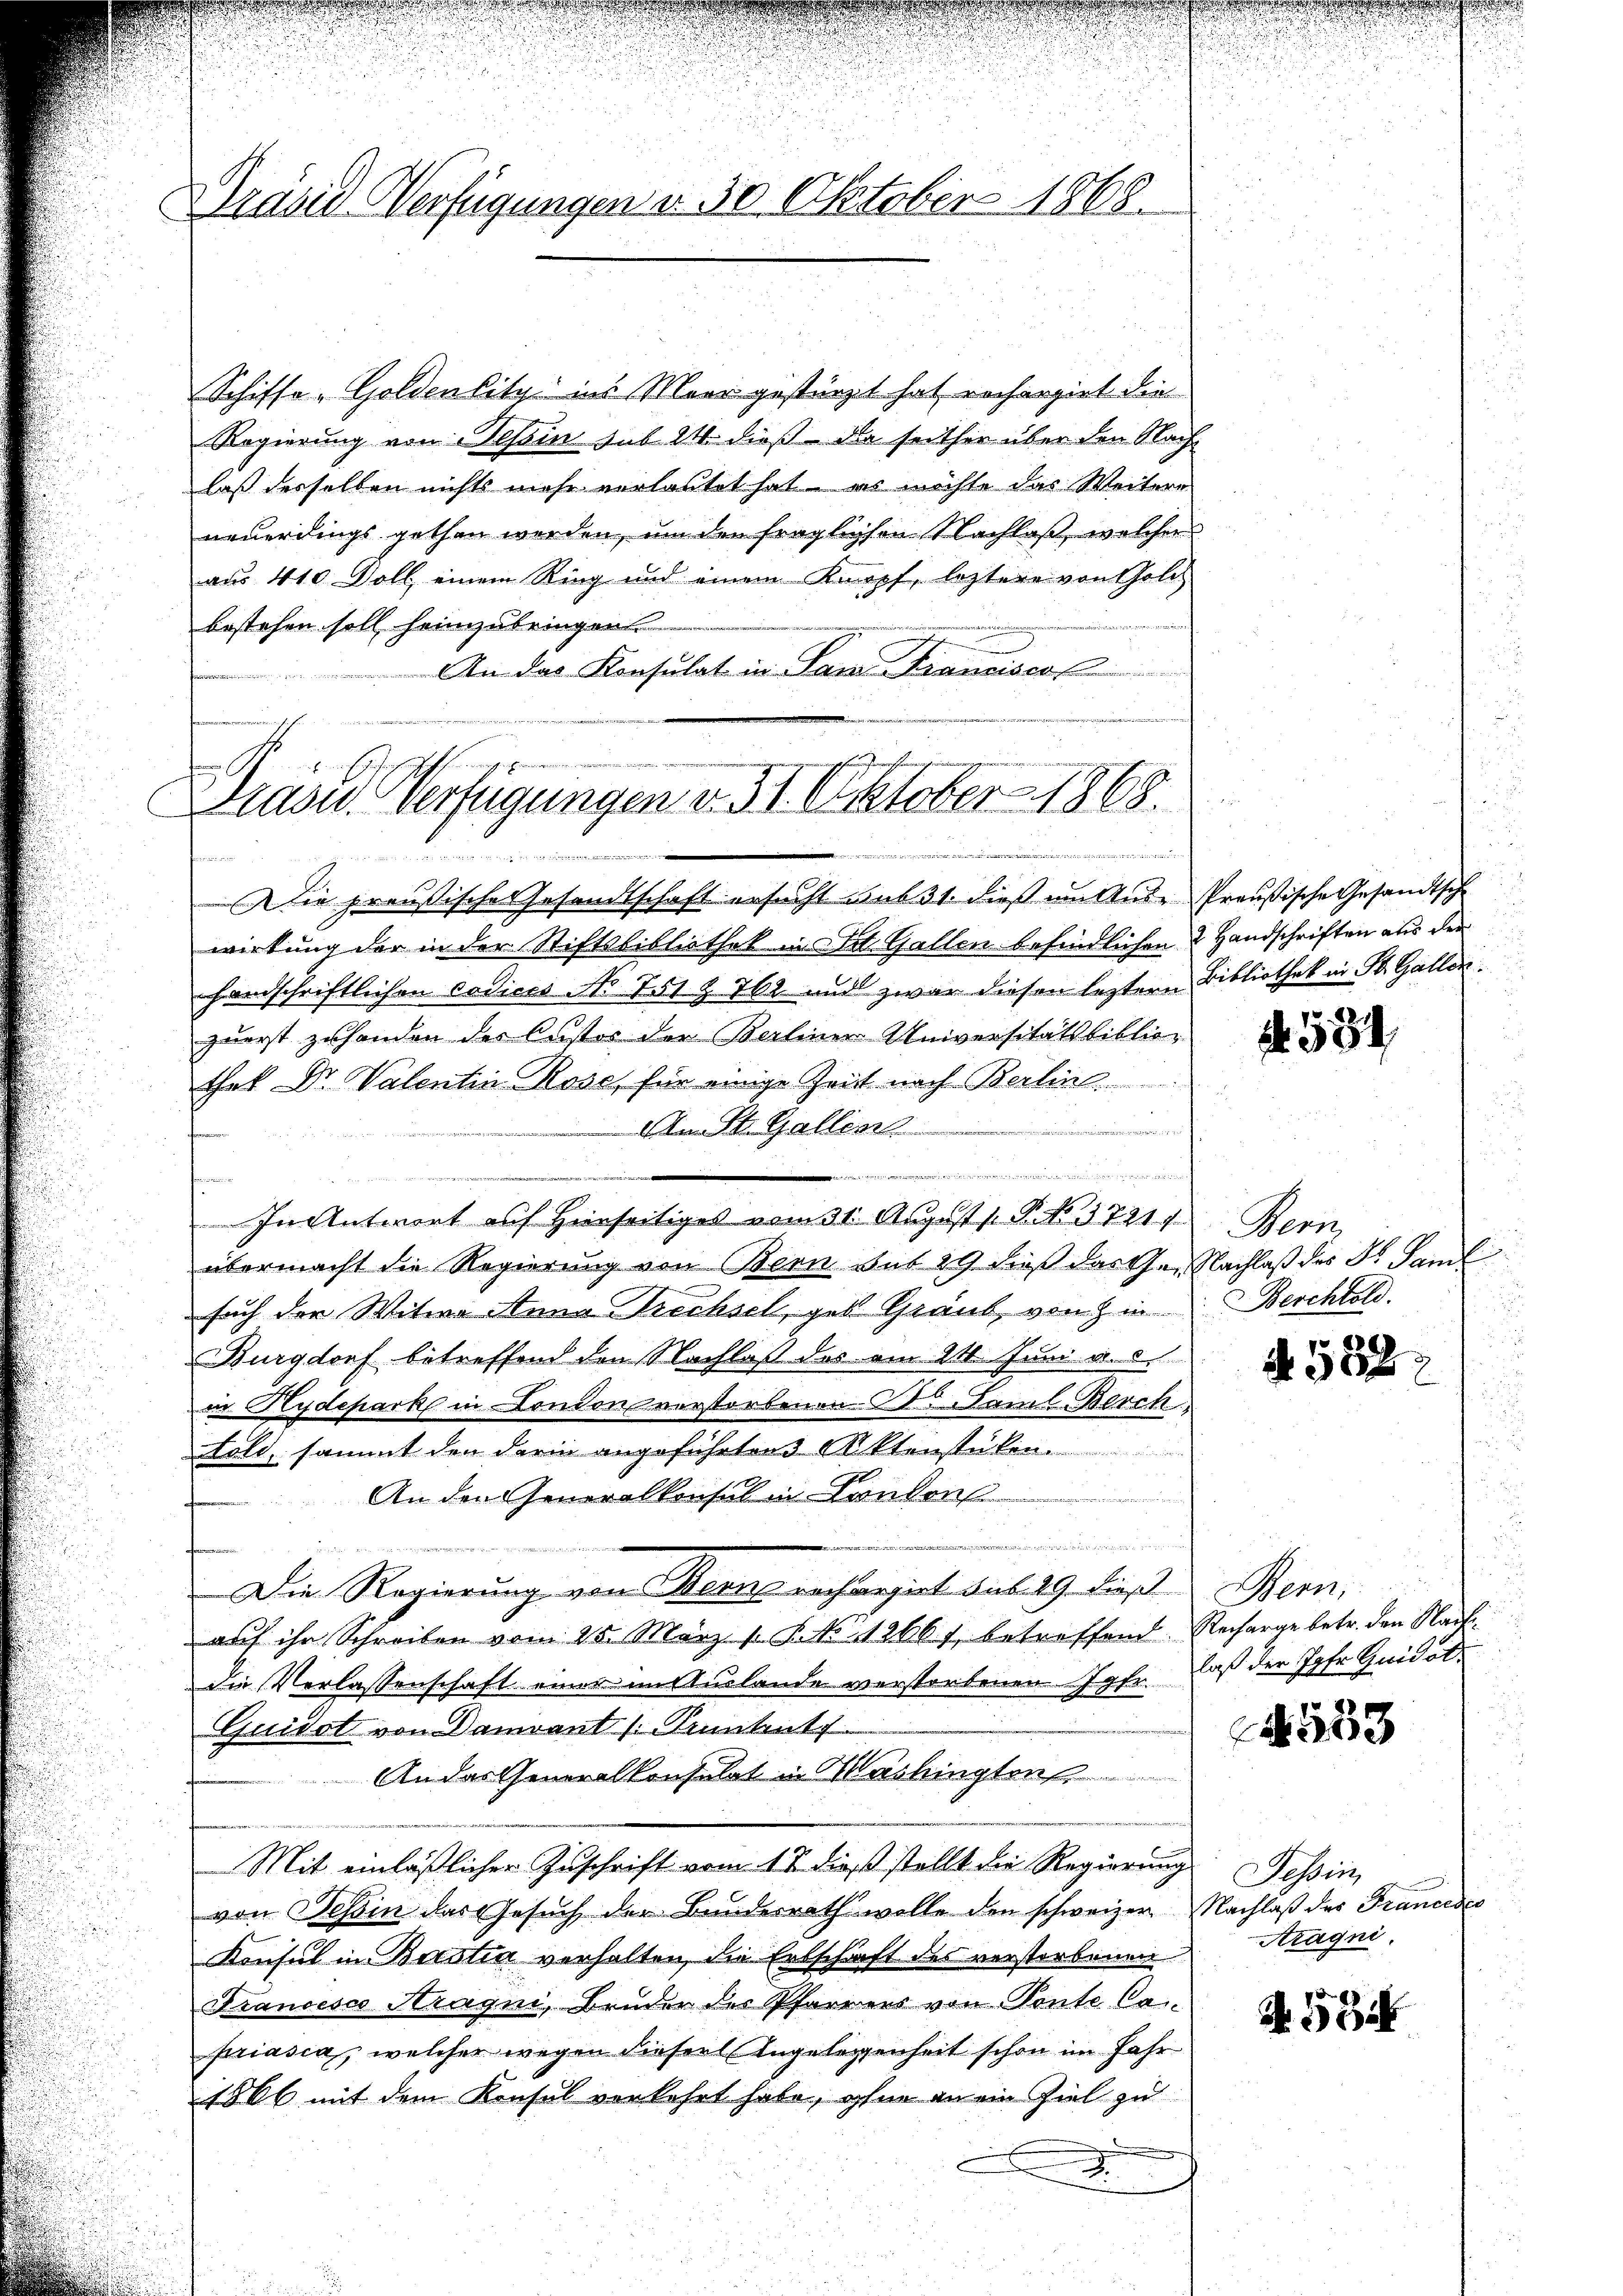
Präsid Verfügungen d. 30 Oktober 1868.

Schiffo-Goldensitz ins Meer gestürzt hat rechergiet die
Regierung von Tessin sub 24 dieß die seither über den Nach
laß derselben nichts mehr verlastet hat es möchte das Weitere
neuerdings gethen werden, um den fraglichen Nachlaß, welcher
aus 410 Doll, einem Ring und einem Knopf, letztere von Gold-
bestehen soll heimzubringen.
An das Konsulat in San Francisco

f
Präsid. Verfügungen v. 31. Oktober 1868.

4
2
de

Die preußische Gesandtschaft ersucht sub 31. dieß am Aus-Preußische Gesandtsche
wirkung der in der Stiftsbibliothek in Tit. Gallen befindlichen & Handschriften aus den
handschriftlichen codices No 751 Z 762 und zwar diesen leztern Bibliothek in St. Gallen.
zuerst zu handen des Custor der Berliner Universitätsbibliothek Dr. Valentin Rose, für einige Zeit nach Berlin
An St. Gallen
e
d
u
z
s
In Antwort auf Heinseitiges vom 31. Augusts P. NNo. 17217.
übermacht die Regierung von Bern sub 29 dieß das Gr. Nachlaß des Dr. Saml
such der Witwe Anna Drechseh, geb. Graub, von in Berchtold.
Burgdorf betreffend den Nachlaß des am 24. Juni a. c.
vn Hydepark in Condon verstorbenen St. Famil Berch
tolo, sammt den darin angeführten Aktenstüken.
An den Generalkonsul in Condon

Die Regierung von Bern rechargirt sub 29. dieß
aŭf ihr Schreiben vom 25. März 1. P. Nr. 12661, betreffend Recharge betr. den Stadtdie Verlassenschaft einer im Auslande verstorbenen Jgfr. daß der Jahr Quidol¬
Quidat von Damiant /: Pruntrutz
An das Generalkonsulat in Washingten
Mit einläßlicher Zuschrift vom 13. dieß stellt die Regierung
von Tessin das Gesuch der Bundesrath wolle den schweizer Nachlaß der Francesca
Konsul in Beistia verhalten, die Entschaft des verstorbenen
Francesco Kragni, Bruder des Pfarrers von Pente Ca
priasia, welcher wegen dieser Angelegenheit schon im Jahr
1866 mit dem Konsul verkehrt habe, ohne an ein Ziel zu
.

N 584

Ven
e
A 352.

Bern,

533

Tessin,
Aragni.

A. 58